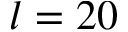
l = 2 0